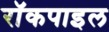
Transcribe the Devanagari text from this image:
रॉकपाइल